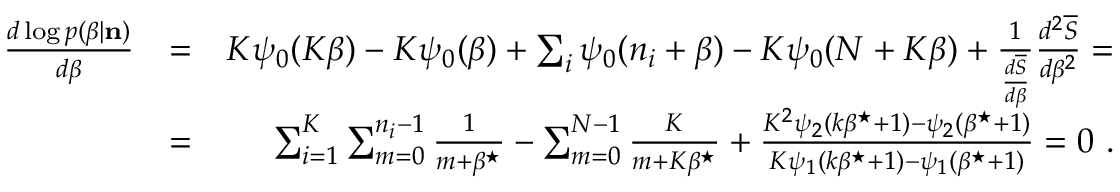
\begin{array} { r l r } { \frac { d \log p ( \beta | { \bf n } ) } { d \beta } } & { = } & { K \psi _ { 0 } ( K \beta ) - K \psi _ { 0 } ( \beta ) + \sum _ { i } \psi _ { 0 } ( n _ { i } + \beta ) - K \psi _ { 0 } ( N + K \beta ) + \frac { 1 } { \frac { d \overline { { S } } } { d \beta } } \frac { d ^ { 2 } \overline { { S } } } { d \beta ^ { 2 } } = } \\ & { = } & { \sum _ { i = 1 } ^ { K } \sum _ { m = 0 } ^ { n _ { i } - 1 } \frac { 1 } { m + \beta ^ { \star } } - \sum _ { m = 0 } ^ { N - 1 } \frac { K } { m + K \beta ^ { \star } } + \frac { K ^ { 2 } \psi _ { 2 } ( k \beta ^ { \star } + 1 ) - \psi _ { 2 } ( \beta ^ { \star } + 1 ) } { K \psi _ { 1 } ( k \beta ^ { \star } + 1 ) - \psi _ { 1 } ( \beta ^ { \star } + 1 ) } = 0 ~ . } \end{array}